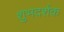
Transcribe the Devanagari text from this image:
शुभदर्शक